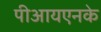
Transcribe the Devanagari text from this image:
पीआयएनके